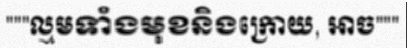
"""ល្មមទាំងមុខនិងក្រោយ, អាច"""